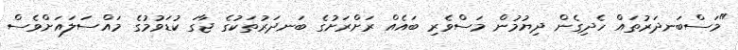
"މަސްބަނދަރުތައް ހެދިގެން ދިޔުމުން މަސްވެރި ބައެއް ރަށްރަށުގެ ބަނދަރުތަކުގެ ޖާގަ ކުޑަވުމުގެ މައްސަލައަށްވެސް